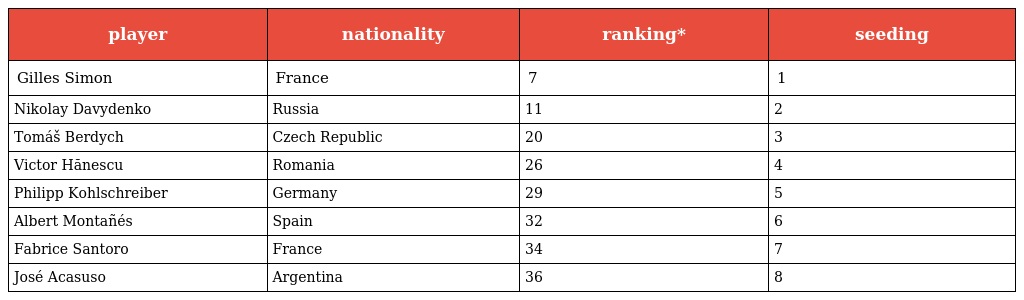
| player | nationality | ranking* | seeding |
 | --- | --- | --- | --- |
 | Gilles Simon | France | 7 | 1 |
 | Nikolay Davydenko | Russia | 11 | 2 |
 | Tomáš Berdych | Czech Republic | 20 | 3 |
 | Victor Hănescu | Romania | 26 | 4 |
 | Philipp Kohlschreiber | Germany | 29 | 5 |
 | Albert Montañés | Spain | 32 | 6 |
 | Fabrice Santoro | France | 34 | 7 |
 | José Acasuso | Argentina | 36 | 8 |